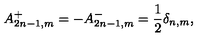
A _ { 2 n - 1 , m } ^ { + } = - A _ { 2 n - 1 , m } ^ { - } = \frac { 1 } { 2 } \delta _ { n , m } ,